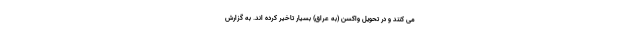
می کنند و در تحویل واکسن (به عراق) بسیار تاخیر کرده اند. به گزارش